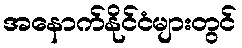
အနောက်နိုင်ငံများတွင်